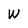
Character: W